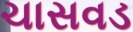
ચાસવડ